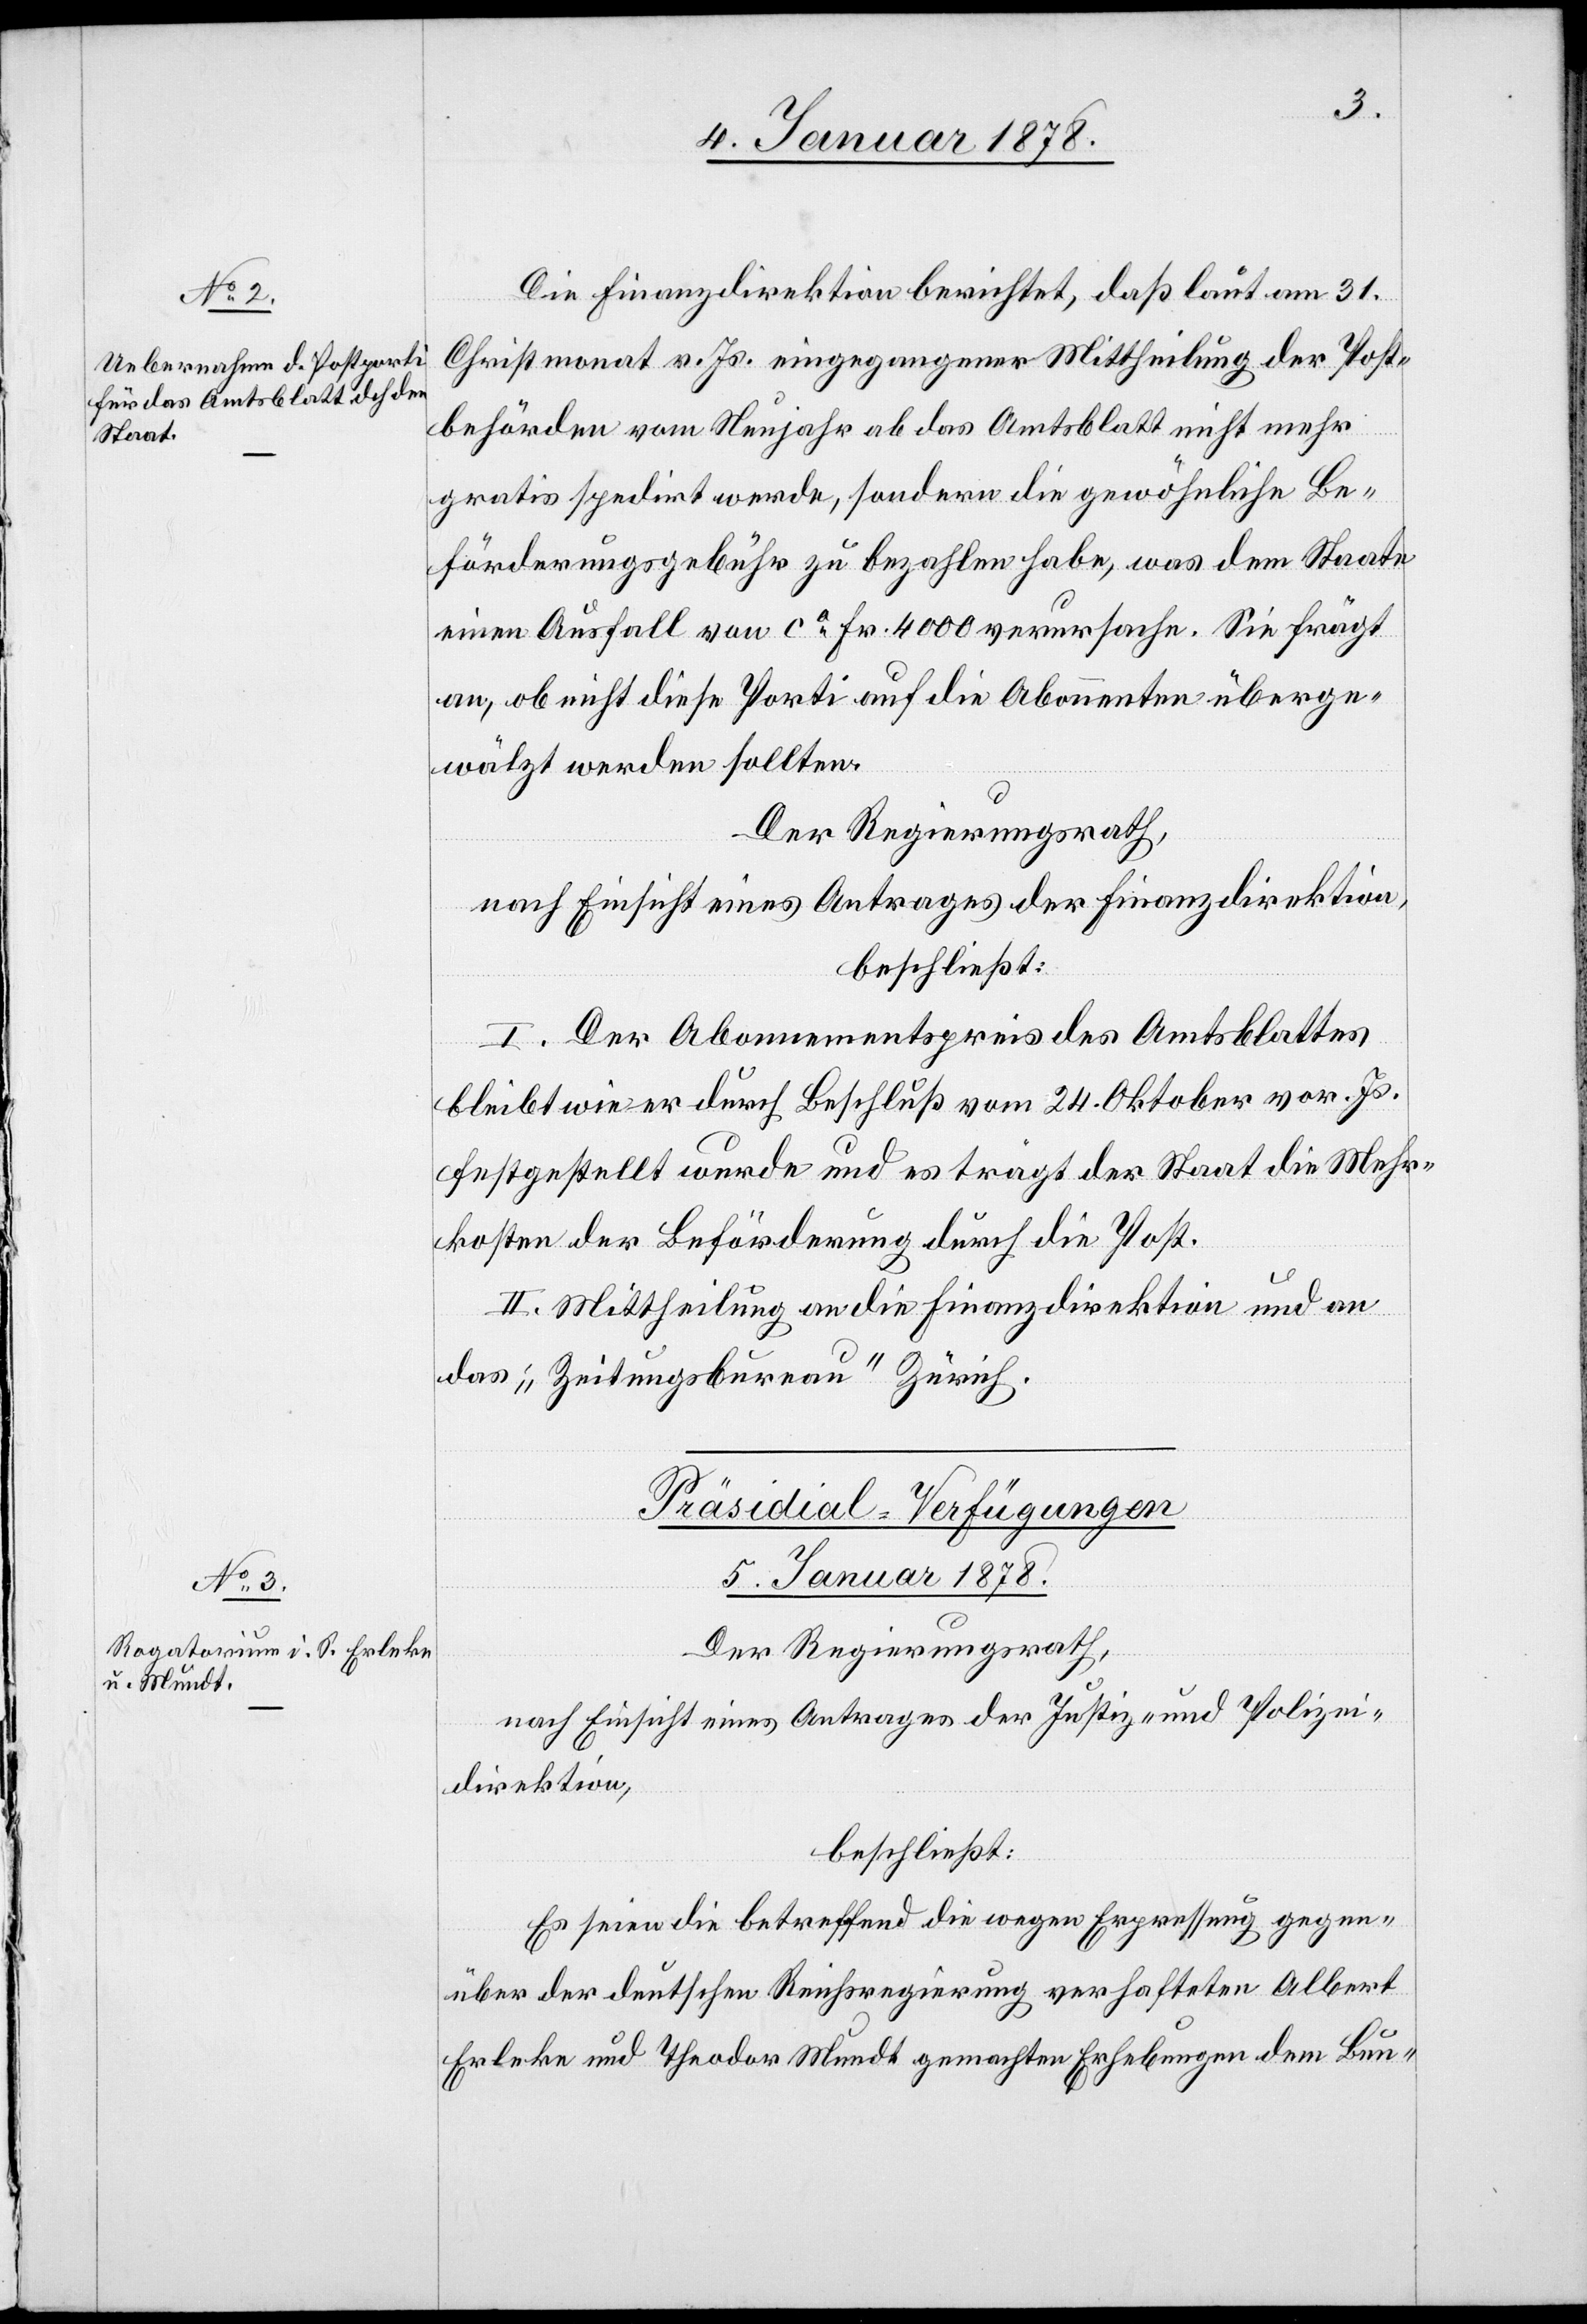
Die Finanzdirektion berichtet, daß laut am 31
Christmonat v. Js. eingegangener Mittheilung der Post¬
behörden vom Neujahr ab das Amtsblatt nicht mehr
gratis spedirt werde, sondern die gewöhnliche Be¬
förderungsgebühr zu bezahlen habe, was dem Staate
einen Ausfall von ca fcs 4 000 verursache. Sie frägt
an, ob nicht diese Porti auf die Abonnenten über¬
wälzt werden sollten.
Der Regierungsrath,
nach Einsicht eines Antrages der Finanzdirektion,
beschließt:
I. Der Abonnentenpreis des Amtsblattes
bleibt wie er durch Beschluß vom 24 Oktober vor. Js.
festgestellt wurde und es trägt der Staat die Mehr¬
kosten der Beförderung durch die Post.
II. Mittheilung an die Finanzdirektion und an
das „Zeitungsbureau“ Zürich.
Präsidial-Verfügungen.
5 Januar 1878.
Der Regierungsrath,
nach Einsicht eines Antrages der Justiz- und Polizei¬
direktion,
beschließt:
Es seien die betreffend die wegen Erpressung gegen¬
über der deutschen Reichsregierung verhafteten Albert
Erleke und Theodor Mundt gemachten Erhebungen dem Bun-